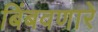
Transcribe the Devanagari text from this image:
बिंबवणारे